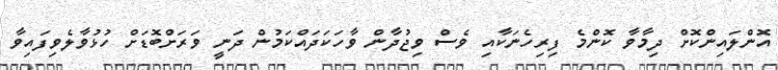
އޮންލައިންކޮށް ދިމާވާ ކޮންމެ ފިރިހެނަކާއި ވެސް ވިޖުދާން ވާހަކަދައްކަމުން ދަނީ ވަރަށްބޮޑަށް ހުޅުވާލެވިފައިވާ